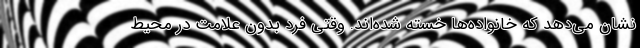
نشان می‌دهد که خانواده‌ها خسته شده‌اند. وقتی فرد بدون علامت در محیط